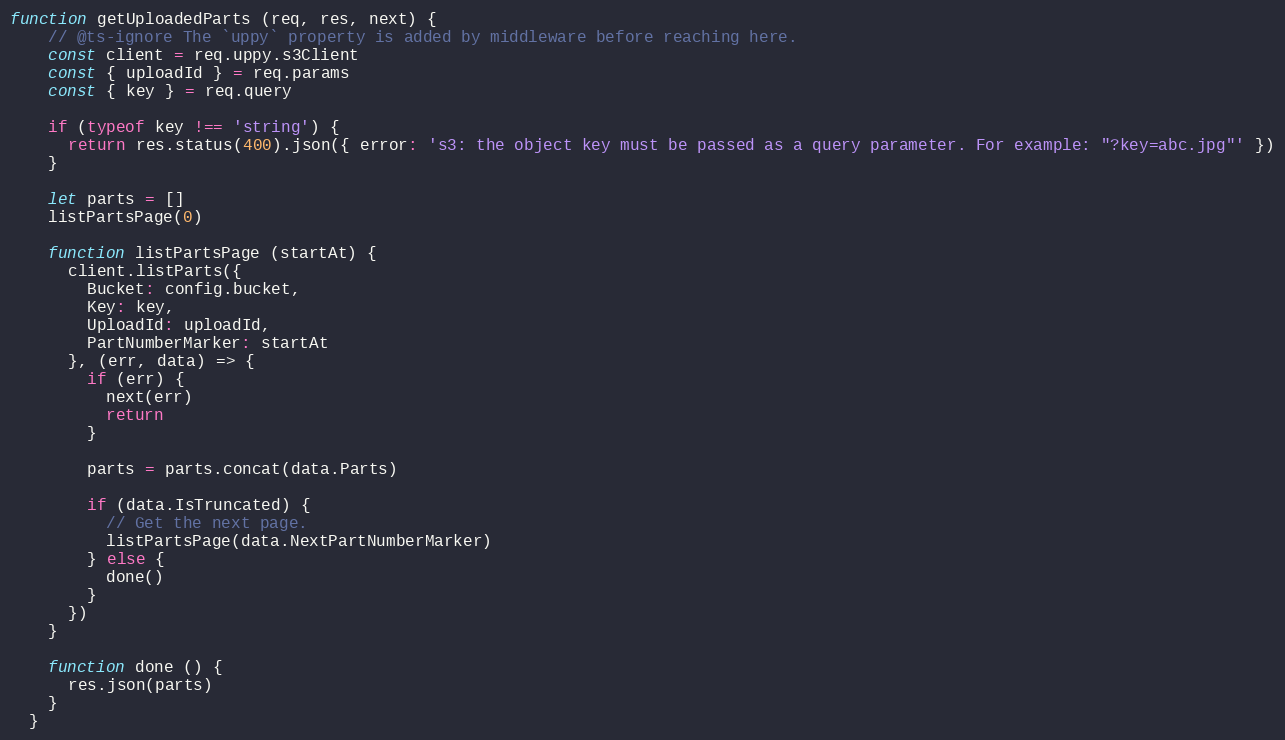
Language: JavaScript
function getUploadedParts (req, res, next) {
    // @ts-ignore The `uppy` property is added by middleware before reaching here.
    const client = req.uppy.s3Client
    const { uploadId } = req.params
    const { key } = req.query

    if (typeof key !== 'string') {
      return res.status(400).json({ error: 's3: the object key must be passed as a query parameter. For example: "?key=abc.jpg"' })
    }

    let parts = []
    listPartsPage(0)

    function listPartsPage (startAt) {
      client.listParts({
        Bucket: config.bucket,
        Key: key,
        UploadId: uploadId,
        PartNumberMarker: startAt
      }, (err, data) => {
        if (err) {
          next(err)
          return
        }

        parts = parts.concat(data.Parts)

        if (data.IsTruncated) {
          // Get the next page.
          listPartsPage(data.NextPartNumberMarker)
        } else {
          done()
        }
      })
    }

    function done () {
      res.json(parts)
    }
  }